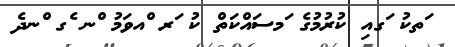
ަތކު ަގއި ކުރުމުގެ ަމސައްކަތް ކު ަރ ްއވަމު ްނ ެގ ްނދެ